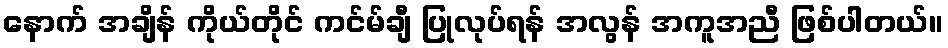
နောက် အချိန် ကိုယ်တိုင် ကင်မ်ချီ ပြုလုပ်ရန် အလွန် အကူအညီ ဖြစ်ပါတယ်။